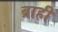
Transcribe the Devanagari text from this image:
ब्राही